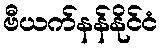
ဗီယက်နန်နိုင်ငံ